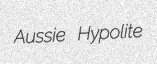
Aussie Hypolite